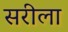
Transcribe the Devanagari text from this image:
सरीला